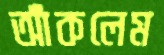
আঁকলেম